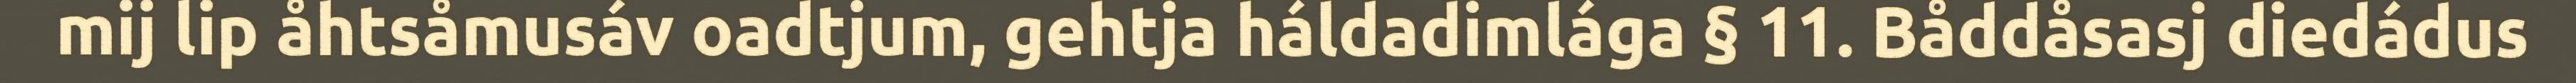
mij lip åhtsåmusáv oadtjum, gehtja háldadimlága § 11. Båddåsasj diedádus